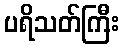
ပရိသတ်ကြီး